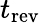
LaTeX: t_{\mathrm{rev}}